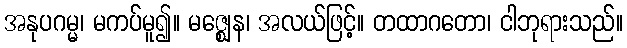
အနုပဂမ္မ၊ မကပ်မူ၍။ မဇ္ဈေန၊ အလယ်ဖြင့်။ တထာဂတော၊ ငါဘုရားသည်။